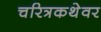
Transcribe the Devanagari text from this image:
चरित्रकथेवर